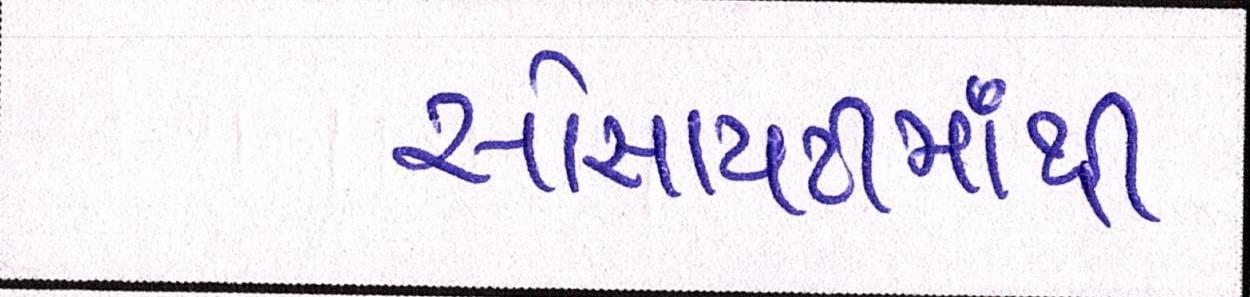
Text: સોસાયટીમાંથી